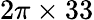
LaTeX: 2\pi\times 33